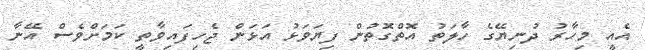
އެއީ މިހާރު ދުުނިޔޭގެ ހާލަަތު އޮތްގޮތުން ފިޔަވަޅު އަޅަން ޖެހިފައިވާތީ ކަމަށްވެސް އޭނާ